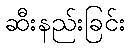
ဆီးနည်းခြင်း